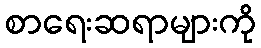
စာရေးဆရာများကို